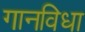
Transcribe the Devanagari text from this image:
गानविधा